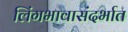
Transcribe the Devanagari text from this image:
लिंगभावासंदर्भात